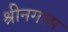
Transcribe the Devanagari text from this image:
श्रीनगरम